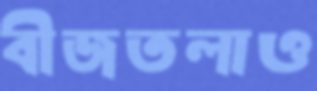
বীজতলাও